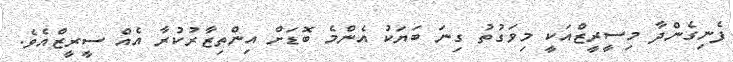
ފެނިގެންދާ މިސީރީޒްއަކީ މިވަގުތު ގިނަ ބަޔަކު އެންމެ ބޮޑަށް އިންތިޒާރުކުރާ އެއް ސީރީޒްއެވެ.